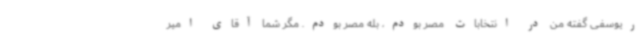
ریوسفی گفته‌ من در انتخابات مصر بودم، بله مصر بودم. مگر شما آقای امیر